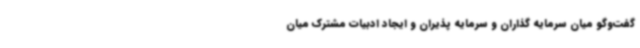
گفت‌وگو میان سرمایه گذاران و سرمایه پذیران و ایجاد ادبیات مشترک میان